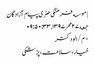
| موسسه فرهنگی هنری پیام آزادگان
جمعه ۲۷ مهر ۱۳۹۷ , ۰۹:۵۰:۳۳
*م/الودکتر
خیار،سلامت،پزشکی